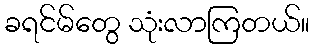
ခရင်မ်တွေ သုံးလာကြတယ်။